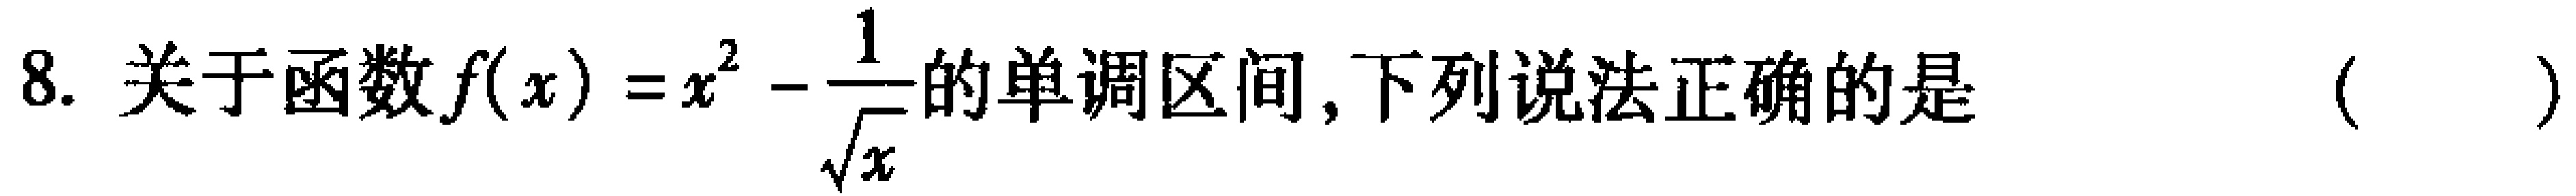
8. 关于函数$f(x)=x^{2}-\frac{1}{\sqrt{x}}$的单调区间，下列说法正确的是 （  ）